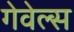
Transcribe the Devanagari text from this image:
गेवेल्स